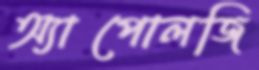
অ্যাপোলজি